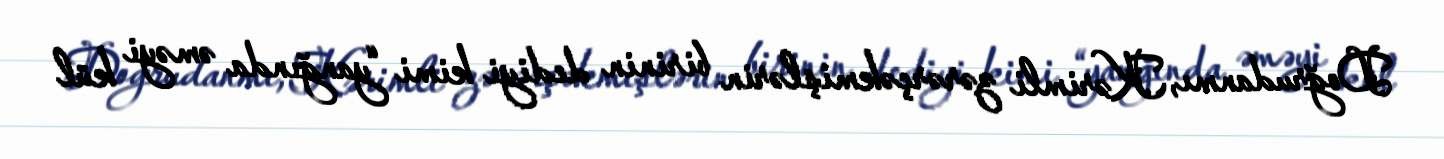
Doğrudanmı, Kərimli zərərçəkmişlərin birinin dediyi kimi “yanğında əməyi kül